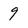
Character: 9